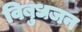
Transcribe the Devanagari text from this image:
विबुधजन